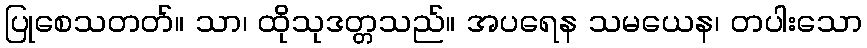
ပြုစေသတတ်။ သာ၊ ထိုသုဒတ္တသည်။ အပရေန သမယေန၊ တပါးသော